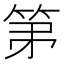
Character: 𮅏